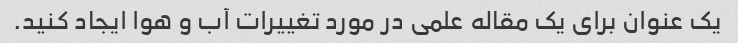
یک عنوان برای یک مقاله علمی در مورد تغییرات آب و هوا ایجاد کنید.